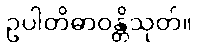
ဥပါတိဓာဝန္တိသုတ်။